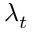
\lambda _ { t }